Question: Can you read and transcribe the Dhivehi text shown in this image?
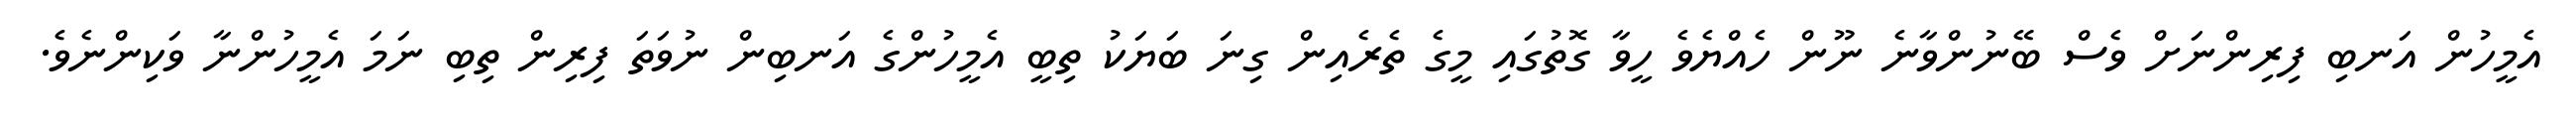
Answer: އެމީހުން އަނބި ފިރިންނަށް ވެސް ބޭނުންވާނެ ނޫން ހެއްޔެވެ ހީވާ ގޮތުގައި މީގެ ތެރެއިން ގިނަ ބަޔަކު ތިބީ އެމީހުންގެ އަނބިން ނުވަތަ ފިރިން ތިބި ނަމަ އެމީހުންނާ ވަކިންނެވެ.